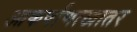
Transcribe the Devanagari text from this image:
आकर्षाणाखातर